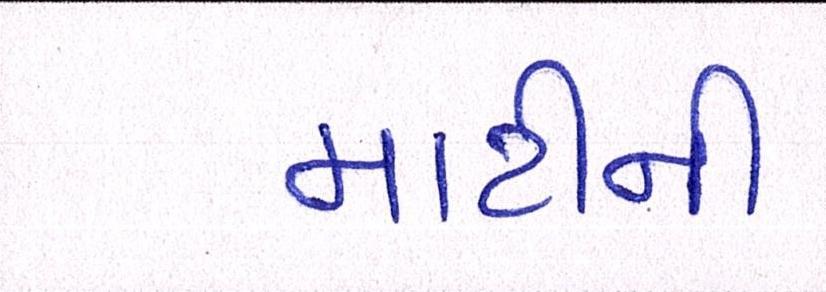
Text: માટીની